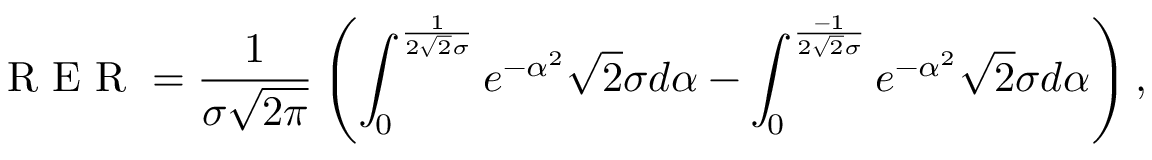
\textup { R E R } = \frac { 1 } { \sigma \sqrt { 2 \pi } } \left( \int _ { 0 } ^ { \frac { 1 } { 2 \sqrt { 2 } \sigma } } e ^ { - \alpha ^ { 2 } } \sqrt { 2 } \sigma d \alpha - \int _ { 0 } ^ { \frac { - 1 } { 2 \sqrt { 2 } \sigma } } e ^ { - \alpha ^ { 2 } } \sqrt { 2 } \sigma d \alpha \right) ,